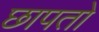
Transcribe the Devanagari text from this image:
छापतो